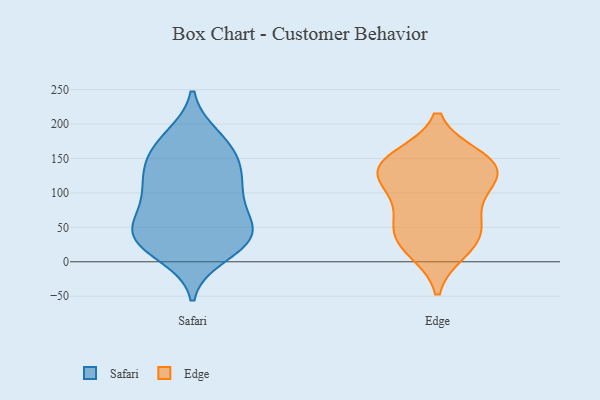
{"axis": {"x": "Net Income (USD K)", "y": "Value"}, "legend": ["Edge", "Safari"], "data": [{"x": "", "y": 35, "type": "Safari"}, {"x": "", "y": 55, "type": "Safari"}, {"x": "", "y": 29, "type": "Safari"}, {"x": "", "y": 101, "type": "Safari"}, {"x": "", "y": 25, "type": "Safari"}, {"x": "", "y": 10, "type": "Safari"}, {"x": "", "y": 73, "type": "Safari"}, {"x": "", "y": 141, "type": "Safari"}, {"x": "", "y": 148, "type": "Safari"}, {"x": "", "y": 106, "type": "Safari"}, {"x": "", "y": 172, "type": "Safari"}, {"x": "", "y": 83, "type": "Safari"}, {"x": "", "y": 181, "type": "Safari"}, {"x": "", "y": 171, "type": "Safari"}, {"x": "", "y": 125, "type": "Safari"}, {"x": "", "y": 124, "type": "Safari"}, {"x": "", "y": 32, "type": "Safari"}, {"x": "", "y": 41, "type": "Safari"}, {"x": "", "y": 46, "type": "Safari"}, {"x": "", "y": 100, "type": "Edge"}, {"x": "", "y": 118, "type": "Edge"}, {"x": "", "y": 17, "type": "Edge"}, {"x": "", "y": 124, "type": "Edge"}, {"x": "", "y": 24, "type": "Edge"}, {"x": "", "y": 146, "type": "Edge"}, {"x": "", "y": 151, "type": "Edge"}, {"x": "", "y": 48, "type": "Edge"}, {"x": "", "y": 68, "type": "Edge"}, {"x": "", "y": 141, "type": "Edge"}, {"x": "", "y": 45, "type": "Edge"}, {"x": "", "y": 137, "type": "Edge"}]}